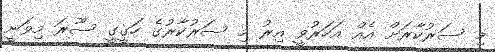
މި ސަރުކާރަށް އެއް އަހަރުވީ އިރު މި ސަރުކާރުގެ ހަގީގީ ސޫރަ މިވަނީ